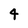
Character: 4